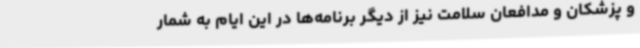
و پزشکان و مدافعان سلامت نیز از دیگر برنامه‌ها در این ایام به شمار